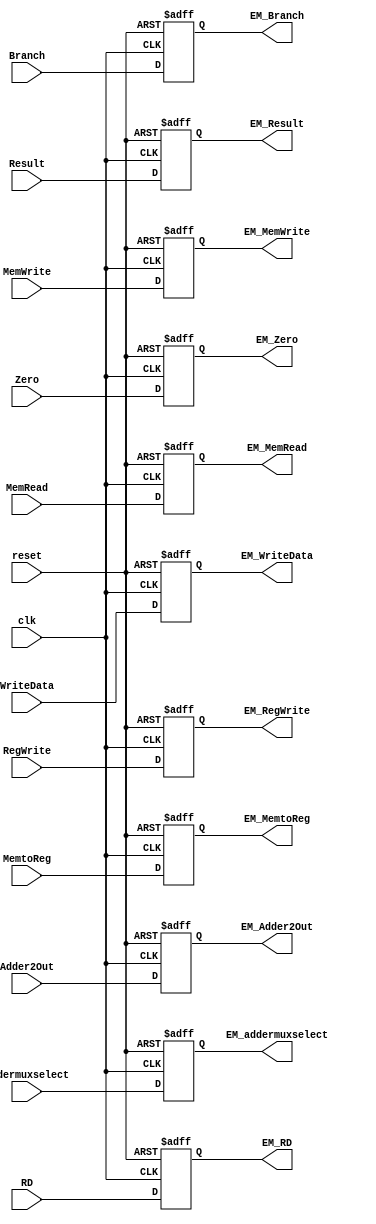
`timescale 1ns / 1ps
//////////////////////////////////////////////////////////////////////////////////
// Company: 
// Engineer: 
// 
// Design Name: 
// Module Name: EXMEM
// Project Name: 
// Target Devices: 
// Tool Versions: 
// Description: 
// 
// Dependencies: 
// 
// Revision:
// Revision 0.01 - File Created
// Additional Comments:
// 
//////////////////////////////////////////////////////////////////////////////////


module EXMEM(
    input clk, reset,
    input Branch, MemRead, MemWrite, MemtoReg, RegWrite, 
    input Zero,
    input addermuxselect,
    input [4:0] RD, 
    input [63:0] Adder2Out, Result, WriteData,
    output reg EM_Branch, EM_MemRead, EM_MemWrite, EM_MemtoReg, EM_RegWrite,
    output reg EM_Zero,
    output reg EM_addermuxselect,
    output reg [4:0] EM_RD,
    output reg [63:0] EM_Adder2Out, EM_Result, EM_WriteData
    );
always @(posedge clk or posedge reset) begin
    if (reset == 1'b1) begin
        EM_Branch = 0; EM_MemRead = 0; EM_MemWrite = 0; EM_MemtoReg = 0;
        EM_RegWrite = 0; EM_Zero = 0; EM_RD = 0; EM_Adder2Out = 0;
        EM_Result = 0; EM_WriteData = 0; EM_addermuxselect = 0;
    end
    else begin
        EM_Branch = Branch; EM_MemRead = MemRead; EM_MemWrite = MemWrite; 
        EM_MemtoReg = MemtoReg; EM_RegWrite = RegWrite; EM_Zero = Zero; 
        EM_RD = RD; EM_Adder2Out = Adder2Out; EM_Result = Result; 
        EM_WriteData = WriteData; EM_addermuxselect = addermuxselect;
    end 
end
endmodule